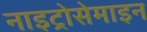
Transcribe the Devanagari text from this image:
नाइट्रोसेमाइन